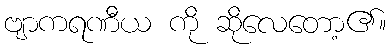
ဗျာကရဏီယ ကို ဆိုလေတော့၏။